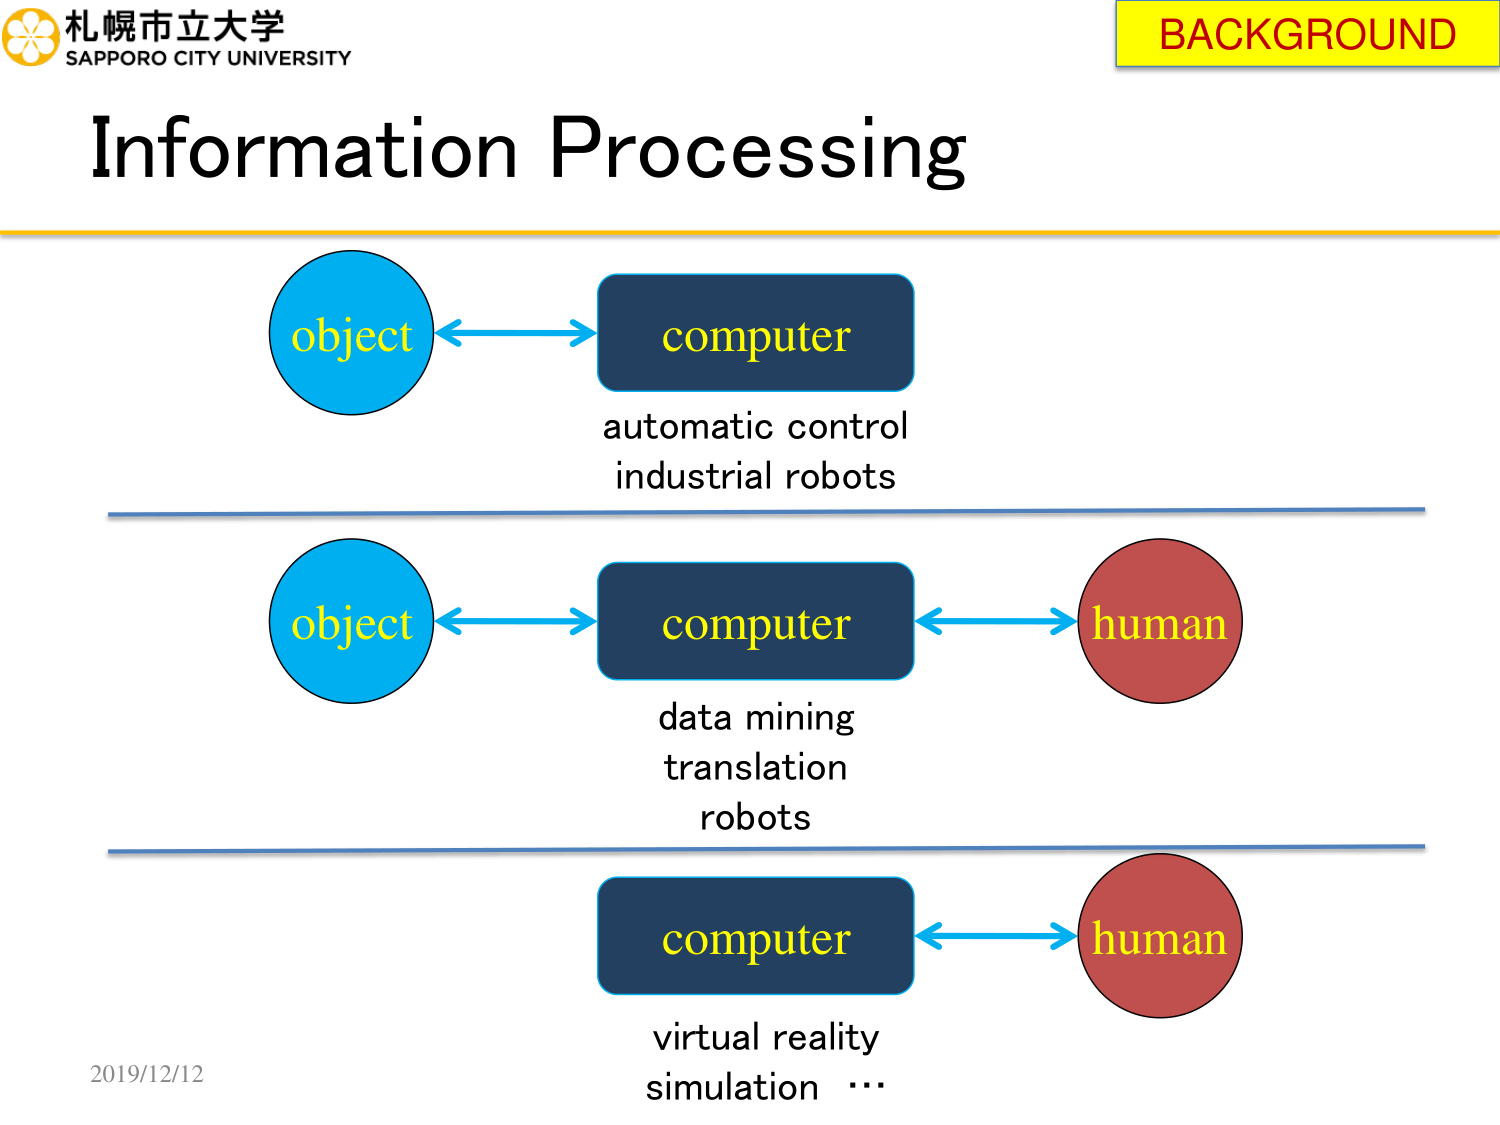
札幌市立大学
SAPPORO CITY UNIVERSITY
Information Processing
BACKGROUND
object ↔ computer
automatic control
industrial robots
object ↔ computer ↔ human
data mining
translation
robots
computer ↔ human
virtual reality
simulation …
2019/12/12